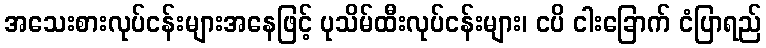
အသေးစားလုပ်ငန်းများအနေဖြင့် ပုသိမ်ထီးလုပ်ငန်းများ၊ ငပိ ငါးခြောက် ငံပြာရည်